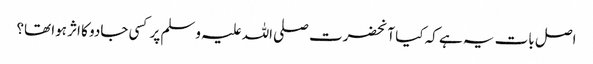
اصل بات یہ ہے کہ کیا آنحضرت صلی اللہ علیہ وسلم پر کسی جادو کا اثر ہوا تھا؟